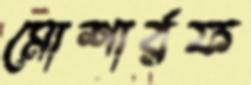
মোশার্রফ